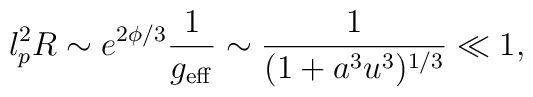
l_p^2 R \sim e^{2\phi/3} \frac{1}{g_{\rm eff}} \sim \frac{1}{(1 + a^3 u^3)^{1/3}} \ll 1,